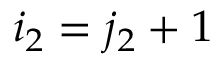
i _ { 2 } = j _ { 2 } + 1